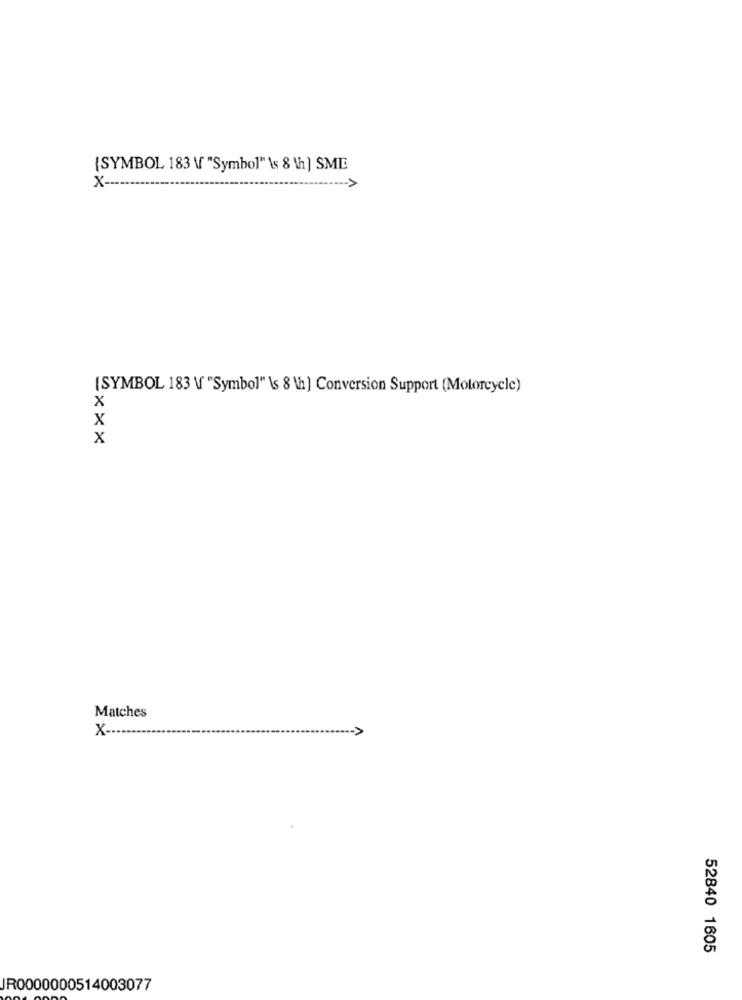
{SYMBOL 183 \f "Symbol" \s 8 \h ) SMIE
X ---
(SYMBOL 183 \ "Symbol" \s 8 \h) Conversion Support (Motorcycle)
x
X
X
Matches
X -...
52840 1605
JR0000000514003077